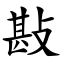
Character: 㪛